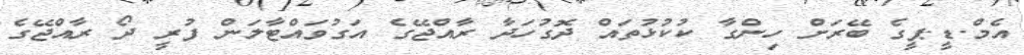
އެމް.ޑީ.ޕީގެ ބޭރަށް ހިންގާ ކުކުޅުތައް ދޮގުހަދާ ރާއްޖޭގެ އަގުވައްޓާލަން ފުރީ ދޯ ރާއްޖޭގެ